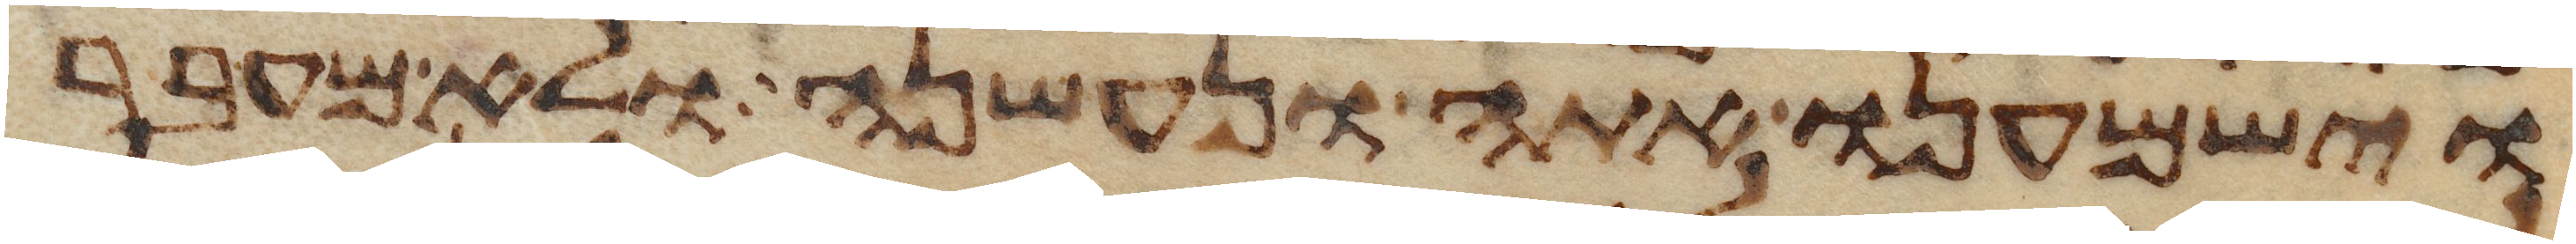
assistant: וישמענו אתה ונעשנה ולא מעבר